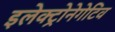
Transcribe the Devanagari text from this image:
इलेक्ट्रोनेगेटिव